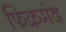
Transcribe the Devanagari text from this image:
फिक्रमंद